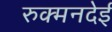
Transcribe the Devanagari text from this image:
रुक्मनदेई